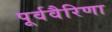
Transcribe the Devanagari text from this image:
पूर्ववैरिणा